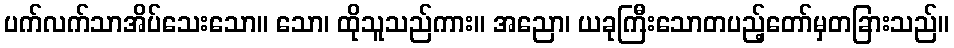
ပက်လက်သာအိပ်သေးသော။ သော၊ ထိုသူသည်ကား။ အညော၊ ယခုကြီးသောတပည့်တော်မှတခြားသည်။